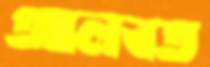
আলবত